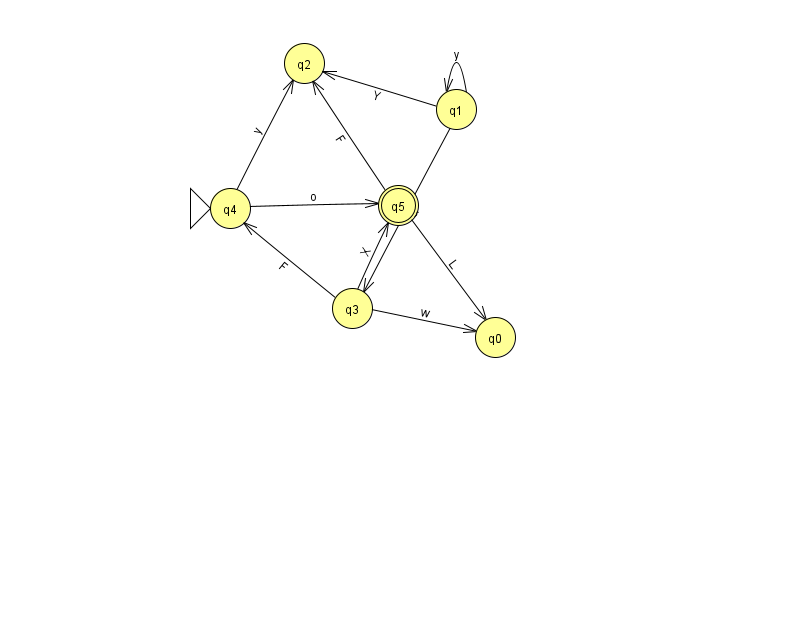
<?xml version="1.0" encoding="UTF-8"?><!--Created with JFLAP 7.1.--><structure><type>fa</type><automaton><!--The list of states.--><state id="0" name="q0"><x>495.0</x><y>324.0</y></state><state id="1" name="q1"><x>456.0</x><y>96.0</y></state><state id="2" name="q2"><x>304.0</x><y>50.0</y></state><state id="3" name="q3"><x>352.0</x><y>295.0</y></state><state id="4" name="q4"><x>230.0</x><y>195.0</y><initial/></state><state id="5" name="q5"><x>398.0</x><y>192.0</y><final/></state><!--The list of transitions.--><transition><from>4</from><to>5</to><read>o</read></transition><transition><from>1</from><to>3</to><read>Q</read></transition><transition><from>3</from><to>0</to><read>w</read></transition><transition><from>3</from><to>4</to><read>F</read></transition><transition><from>4</from><to>2</to><read>y</read></transition><transition><from>5</from><to>0</to><read>L</read></transition><transition><from>5</from><to>2</to><read>F</read></transition><transition><from>1</from><to>2</to><read>Y</read></transition><transition><from>3</from><to>5</to><read>X</read></transition><transition><from>1</from><to>1</to><read>y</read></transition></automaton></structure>